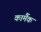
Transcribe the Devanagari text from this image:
कार्मैक